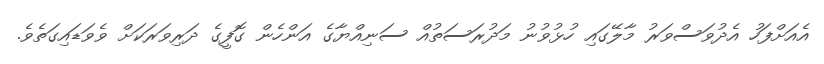
އެއަށްފަހު އެދުވަސްވަރު މާލޭގައި ހުޅުވުނު މަދުރަސަތުއް ސަނިއްޔާގެ އަންހެން ގޮފީގެ ދަރިވަރަކަށް ވެވަޑައިގަތެވެ.